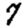
Digit: 7